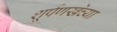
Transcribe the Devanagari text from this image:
शूर्पणखेच्या